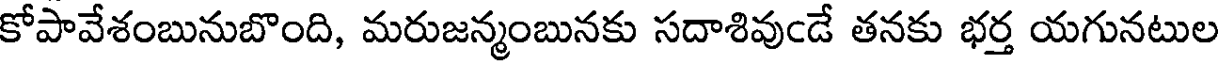
కోపావేశంబునుబొంది, మరుజన్మంబునకు సదాశివుఁడే తనకు భర్త యగునటుల